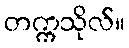
တက္ကသိုလ်။